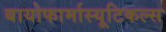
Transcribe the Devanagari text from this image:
बायोफार्मास्यूटिकल्स